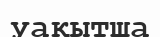
уақытша